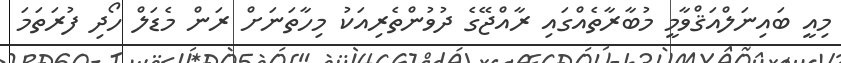
މިއީ ބައިނަލްއަޤްވާމީ މުބާރާތެއްގައި ރާއްޖޭގެ ދުވުންތެރިއަކު މިހާތަނަށް ރަން މެޑަލް ހޯދި ފުރަތަމަ